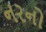
નરનો